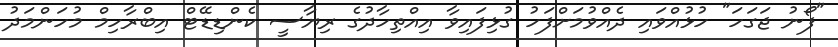
"ފޯނު ޖަގަހަ" ހުޅުއްވައި ދެއްވުމަށްފަހު ގުޅިފައިވާ އިއްތިހާދުގެ ރިޔާސީ ކެންޑިޑޭޓް އިބްރާހިމް މުހަންމަދު